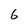
Character: 6